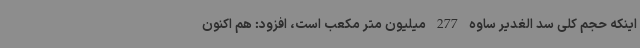
اینکه حجم کلی سد الغدیر ساوه 277 میلیون متر مکعب است، افزود: هم اکنون